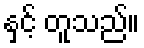
နှင့် တူသည်။